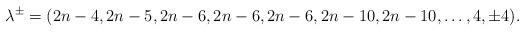
LaTeX: \begin{align*} \lambda^\pm=(2n-4,2n-5,2n-6,2n-6,2n-6,2n-10,2n-10,\ldots, 4, \pm 4). \end{align*}